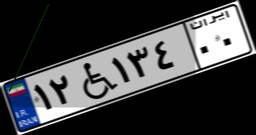
۱۲W۱۳۴۰۰